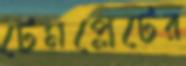
টেমপ্লেটের